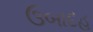
ઉબાદહ